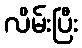
လိမ်းပြီး